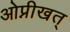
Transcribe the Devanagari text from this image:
ओप्नीखत्